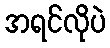
အရင်လိုပဲ